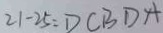
2 1 - 2 5 : D C B D A